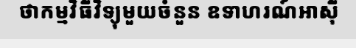
ថាកម្មវិធីវិទ្យុមួយចំនួន ឧទាហរណ៍អាស៊ី